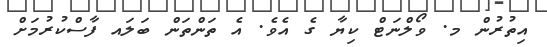
އިތުރުން މ. ވޯލްނަޓް ކިޔާ ގެ އެވެ. އެ ތަންތަން ބަލައ ފާސްކުރުމަށް